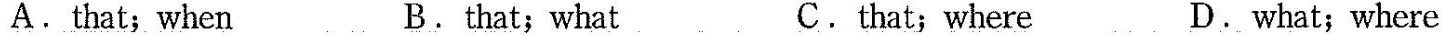
A. that; when B. that; what C. hat; where D. what; where